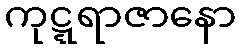
ကုဋ္ဋရာဇာနော